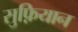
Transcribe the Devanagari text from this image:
सुफ़ियान